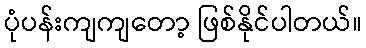
ပုံပန်းကျကျတော့ ဖြစ်နိုင်ပါတယ်။